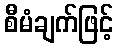
စီမံချက်ဖြင့်